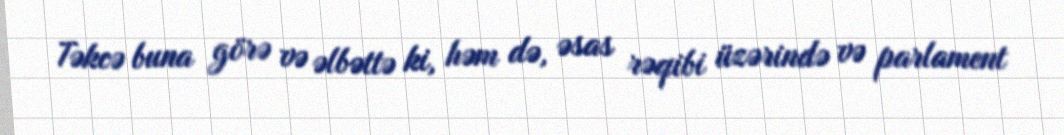
Təkcə buna görə və əlbəttə ki, həm də, əsas rəqibi üzərində və parlament